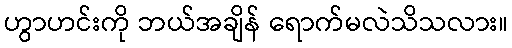
ဟွာဟင်းကို ဘယ်အချိန် ရောက်မလဲသိသလား။